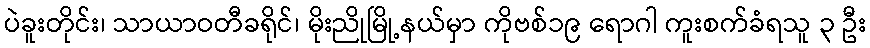
ပဲခူးတိုင်း၊ သာယာဝတီခရိုင်၊ မိုးညိုမြို့နယ်မှာ ကိုဗစ်၁၉ ရောဂါ ကူးစက်ခံရသူ ၃ ဦး